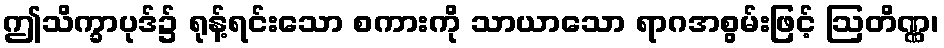
ဤသိက္ခာပုဒ်၌ ရုန့်ရင်းသော စကားကို သာယာသော ရာဂအစွမ်းဖြင့် ဩတိဏ္ဏ၊